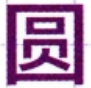
\text{员}